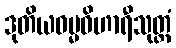
ဒုတိယဓမ္မဝိဟာရီသုတ္တံ